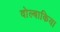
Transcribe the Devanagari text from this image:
वोल्बाकिया